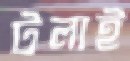
টলাই